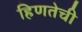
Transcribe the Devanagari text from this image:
हिणतेची